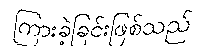
ကြားခဲ့ခြင်းဖြစ်သည်